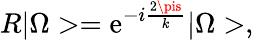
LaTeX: R|\Omega>=\mathrm{e}^{-i\frac{{2\pis}}{{k}}}|\Omega>,